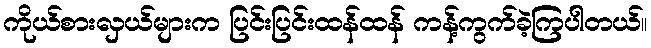
ကိုယ်စားလှယ်များက ပြင်းပြင်းထန်ထန် ကန့်ကွက်ခဲ့ကြပါတယ်။